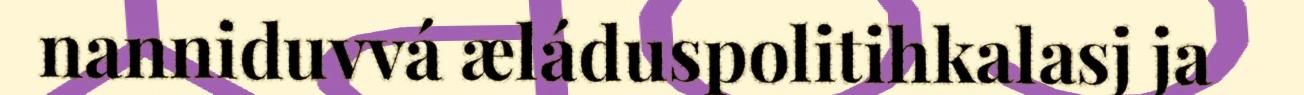
nanniduvvá æláduspolitihkalasj ja